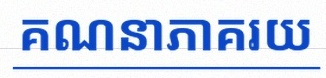
គណនាភាគរយ